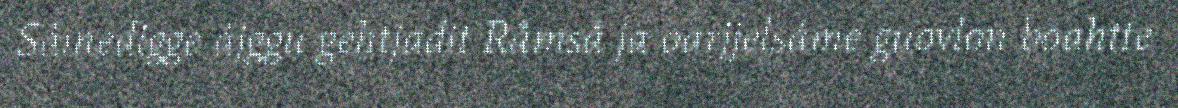
Sámedigge ájggu gehtjadit Råmså ja oarjjelsáme guovlon boahtte